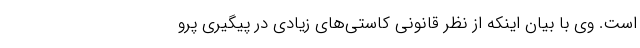
است. وی با بیان اینکه از نظر قانونی کاستی‌های زیادی در پیگیری پرو